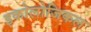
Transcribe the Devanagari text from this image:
इकोलोजिकल